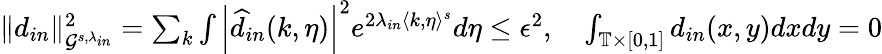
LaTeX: \begin{array}{r}{\| d_{in}\| _{\mathcal{G}^{s,\lambda_{in}}}^{2}=\sum_{k}\int\left|\widehat{d}_{in}(k,\eta)\right|^{2}e^{2\lambda_{in}\langle k,\eta\rangle^{s}}d\eta\leq\epsilon^{2},\quad\int_{\mathbb{T}\times[0,1]}d_{in}(x,y)dxdy=0}\end{array}